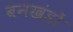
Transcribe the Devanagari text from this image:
बनखंडों